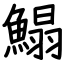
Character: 鰨